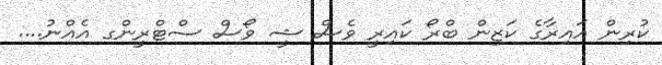
ކުރިން އައިރާގެ ކަޒިން ބްރޯ ކައިރީ ވެސް ޝީ ވޯސް ސްޓްރީންގ އެއްނު....